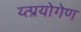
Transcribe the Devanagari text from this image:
य्त्प्रयोगेण